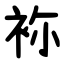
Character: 袮